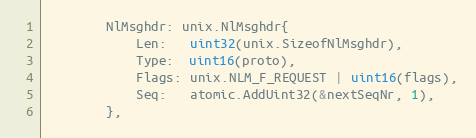
Language: Go
		NlMsghdr: unix.NlMsghdr{
			Len:   uint32(unix.SizeofNlMsghdr),
			Type:  uint16(proto),
			Flags: unix.NLM_F_REQUEST | uint16(flags),
			Seq:   atomic.AddUint32(&nextSeqNr, 1),
		},